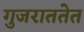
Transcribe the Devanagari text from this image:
गुजराततेत